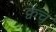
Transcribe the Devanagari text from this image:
क्वेंच